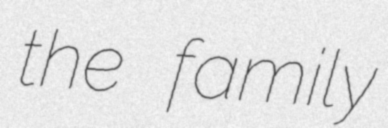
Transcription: the family